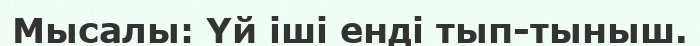
Мысалы: Үй іші енді тып-тыныш.